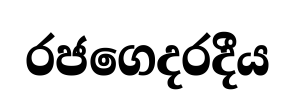
රජගෙදරදීය